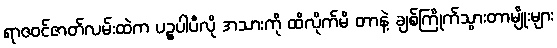
ရာဇဝင်ဇာတ်လမ်းထဲက ပဉ္စပါပီလို အသားကို ထိလိုက်မိ တာနဲ့ ချစ်ကြိုက်သွားတာမျိုးများ